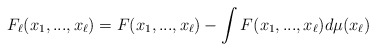
\begin{align*}F_{\ell}(x_{1},...,x_{\ell})=F(x_{1},...,x_{\ell})-\int F(x_{1},...,x_{\ell})d\mu(x_{\ell})\end{align*}